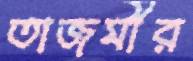
তাজমীর